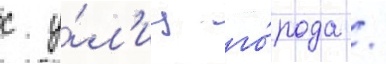
с у́л'иц го́рода /